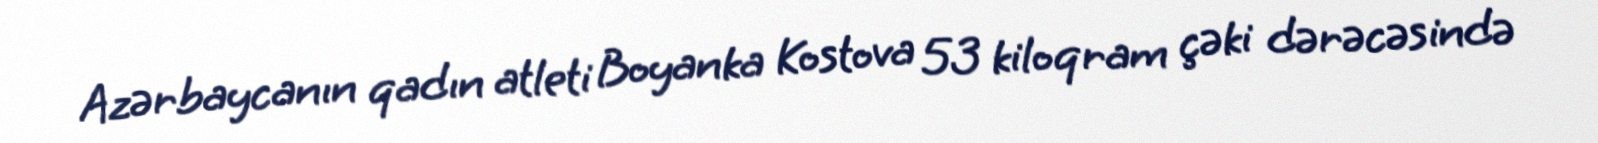
Azərbaycanın qadın atleti Boyanka Kostova 53 kiloqram çəki dərəcəsində